Indian journal of veterinary science and animal husbandry - Volumes 15-17, 1948-1951
Year: 1948
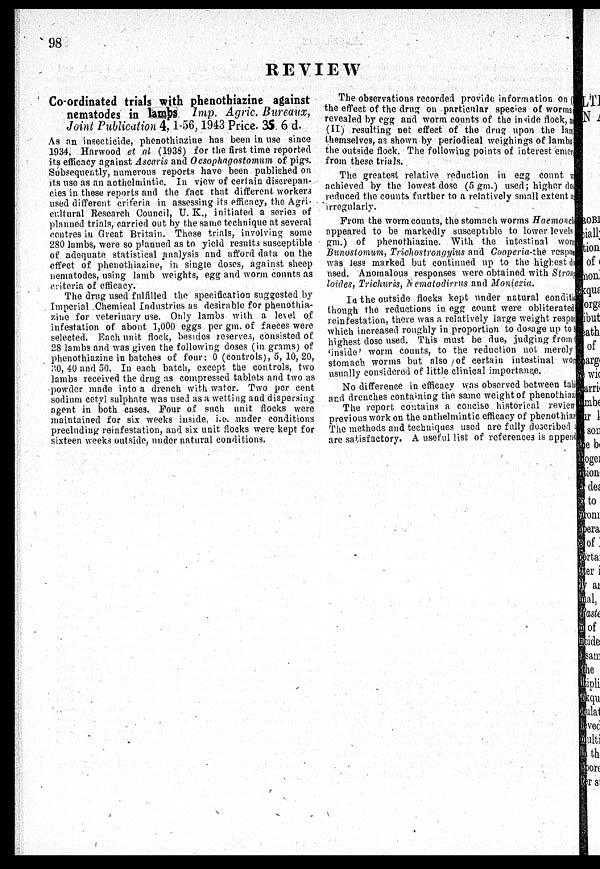
98
REVIEW
Co-ordinated trials with phenothiazine against
nematodes in lambs Imp. Agric. Bureaux,
Joint Publication 4, 1-56, 1943 Price. 35. 6 d.
As an insecticide, phenothiazine has been in use since
1934. Harwood et al (1938) for the first time reported
its efficacy against Ascaris and Oesophagostomum of pigs.
Subsequently, numerous reports have been published on
its use as an anthelmintic. In view of certain discrepan-
cies in these reports and the fact that different workers
used different criteria in assessing its efficacy, the Agri-
cultural Research Council, U. K., initiated a series of
planned trials, carried out by the same technique at several
centres in Great Britain. These trials, involving some
280 lambs, were so planned as to yield results susceptible
of adequate statistical analysis and afford data on the
effect of phenothiazine, in single doses, against sheep
nematodes, using lamb weights, egg and worm counts as
criteria of efficacy.
The drug used fulfilled the specification suggested by
Imperial Chemical Industries as desirable for phenothia-
zine for veterinary use. Only lambs with a level of
infestation of about 1,000 eggs per gm. of faeces were
selected. Each unit flock, besides reserves, consisted of
28 lambs and was given the following doses (in grams) of
phenothiazine in batches of four: 0 (controls), 5, 10, 20,
30, 40 and 50. In each batch, except the controls, two
lambs received the drug as compressed tablets and two as
powder made into a drench with water. Two per cent
sodium cetyl sulphate was used as a wetting and dispersing
agent in both cases. Four of such unit flocks were
maintained for six weeks inside, i.e. under conditions
precluding reinfestation, and six unit flocks were kept for
sixteen weeks outside, under natural conditions.
The observations recorded provide information on (
the effect of the drug on particular species of worms
revealed by egg and worm counts of the inside flock, a
(II) resulting net effect of the drug upon the lam
themselves, as shown by periodical weighings of lambs
the outside flock. The following points of interest emer
from these trials.
The greatest relative reduction in egg count w
achieved by the lowest dose (5 gm.) used; higher dos
reduced the counts further to a relatively small extent
irregularly.
From the worm counts, the stomach worms Haemonch
appeared to be markedly susceptible to lower levels
gm.) of phenothiazine. With the intestinal worm
Bunostomum, Trichostrongyius and Cooperia-the respon
was less marked but continued up to the highest do
used. Anomalous responses were obtained with Strong
loides, Trichurus, Nematodirrus and Moniezia .
In the outside flocks kept under natural condition
though the reductions in egg count were obliterated
reinfestation, there was a relatively large weight respon
which increased roughly in proportion to dosage up to
highest dose used. This must be due, judging from
'inside' worm counts, to the reduction not merely
stomach worms but also of certain intestinal won
usually considered of little clinical importance.
No difference in efficacy was observed between tali
and drenches containing the same weight of phenothiazi
The report contains a concise historical review
previous work on the anthelmintic efficacy of phenothiaz
The methods and techniques used are fully described
are satisfactory. A useful list of references is append